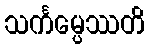
သင်္ကမ္ပေဿတိ